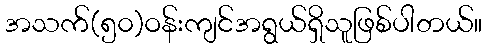
အသက်(၅၀)ဝန်းကျင်အရွယ်ရှိသူဖြစ်ပါတယ်။